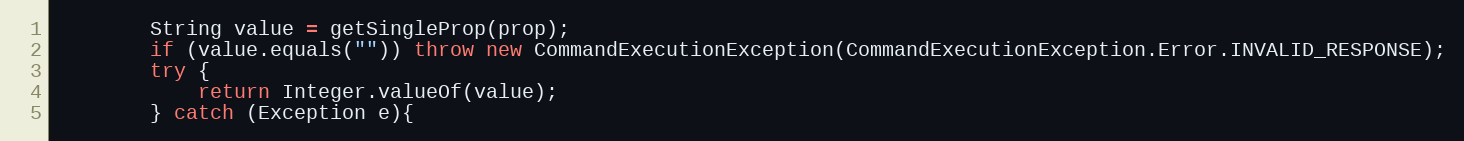
Language: Java
        String value = getSingleProp(prop);
        if (value.equals("")) throw new CommandExecutionException(CommandExecutionException.Error.INVALID_RESPONSE);
        try {
            return Integer.valueOf(value);
        } catch (Exception e){